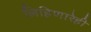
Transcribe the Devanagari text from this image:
लिहिणारेही